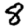
Digit: 8